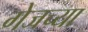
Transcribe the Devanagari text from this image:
गेजच्या